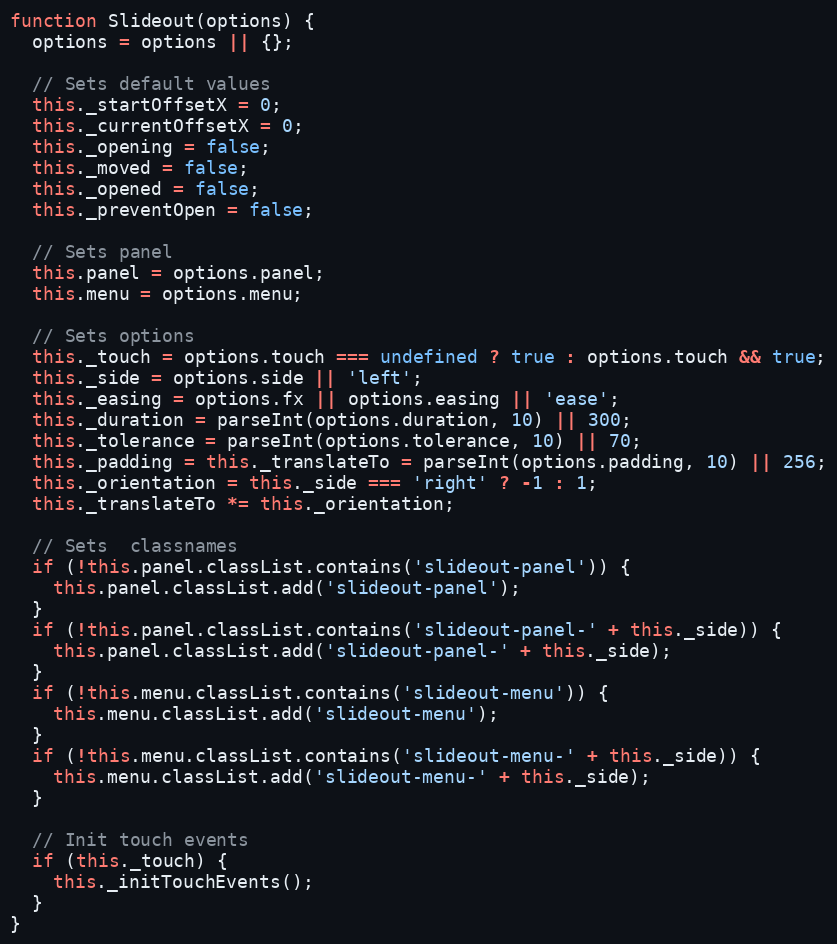
Language: JavaScript
function Slideout(options) {
  options = options || {};

  // Sets default values
  this._startOffsetX = 0;
  this._currentOffsetX = 0;
  this._opening = false;
  this._moved = false;
  this._opened = false;
  this._preventOpen = false;

  // Sets panel
  this.panel = options.panel;
  this.menu = options.menu;

  // Sets options
  this._touch = options.touch === undefined ? true : options.touch && true;
  this._side = options.side || 'left';
  this._easing = options.fx || options.easing || 'ease';
  this._duration = parseInt(options.duration, 10) || 300;
  this._tolerance = parseInt(options.tolerance, 10) || 70;
  this._padding = this._translateTo = parseInt(options.padding, 10) || 256;
  this._orientation = this._side === 'right' ? -1 : 1;
  this._translateTo *= this._orientation;

  // Sets  classnames
  if (!this.panel.classList.contains('slideout-panel')) {
    this.panel.classList.add('slideout-panel');
  }
  if (!this.panel.classList.contains('slideout-panel-' + this._side)) {
    this.panel.classList.add('slideout-panel-' + this._side);
  }
  if (!this.menu.classList.contains('slideout-menu')) {
    this.menu.classList.add('slideout-menu');
  }
  if (!this.menu.classList.contains('slideout-menu-' + this._side)) {
    this.menu.classList.add('slideout-menu-' + this._side);
  }

  // Init touch events
  if (this._touch) {
    this._initTouchEvents();
  }
}